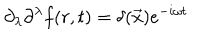
\partial _ { \lambda } \partial ^ { \lambda } f ( r , t ) = \delta ( \vec { x } ) e ^ { - i \omega t }